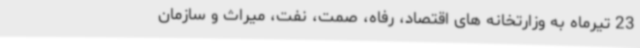
23 تیرماه به وزارتخانه های اقتصاد، رفاه، صمت، نفت، میراث و سازمان